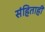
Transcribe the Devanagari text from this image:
संहिताही